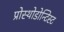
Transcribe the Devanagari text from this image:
प्रोस्थोडोन्टिस्ट